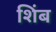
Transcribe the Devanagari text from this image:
शिंब